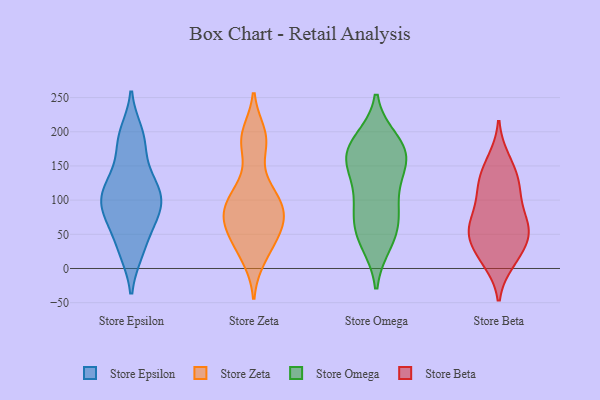
{"axis": {"x": "Customer Acquisition Cost (USD)", "y": "Value"}, "legend": ["Store Beta", "Store Epsilon", "Store Omega", "Store Zeta"], "data": [{"x": "", "y": 24, "type": "Store Epsilon"}, {"x": "", "y": 60, "type": "Store Epsilon"}, {"x": "", "y": 24, "type": "Store Epsilon"}, {"x": "", "y": 190, "type": "Store Epsilon"}, {"x": "", "y": 105, "type": "Store Epsilon"}, {"x": "", "y": 97, "type": "Store Epsilon"}, {"x": "", "y": 117, "type": "Store Epsilon"}, {"x": "", "y": 139, "type": "Store Epsilon"}, {"x": "", "y": 105, "type": "Store Epsilon"}, {"x": "", "y": 85, "type": "Store Epsilon"}, {"x": "", "y": 181, "type": "Store Epsilon"}, {"x": "", "y": 198, "type": "Store Epsilon"}, {"x": "", "y": 87, "type": "Store Epsilon"}, {"x": "", "y": 65, "type": "Store Epsilon"}, {"x": "", "y": 129, "type": "Store Epsilon"}, {"x": "", "y": 50, "type": "Store Zeta"}, {"x": "", "y": 186, "type": "Store Zeta"}, {"x": "", "y": 121, "type": "Store Zeta"}, {"x": "", "y": 197, "type": "Store Zeta"}, {"x": "", "y": 79, "type": "Store Zeta"}, {"x": "", "y": 98, "type": "Store Zeta"}, {"x": "", "y": 64, "type": "Store Zeta"}, {"x": "", "y": 87, "type": "Store Zeta"}, {"x": "", "y": 15, "type": "Store Zeta"}, {"x": "", "y": 184, "type": "Store Zeta"}, {"x": "", "y": 109, "type": "Store Zeta"}, {"x": "", "y": 57, "type": "Store Zeta"}, {"x": "", "y": 29, "type": "Store Zeta"}, {"x": "", "y": 80, "type": "Store Zeta"}, {"x": "", "y": 97, "type": "Store Omega"}, {"x": "", "y": 140, "type": "Store Omega"}, {"x": "", "y": 168, "type": "Store Omega"}, {"x": "", "y": 150, "type": "Store Omega"}, {"x": "", "y": 39, "type": "Store Omega"}, {"x": "", "y": 57, "type": "Store Omega"}, {"x": "", "y": 172, "type": "Store Omega"}, {"x": "", "y": 46, "type": "Store Omega"}, {"x": "", "y": 176, "type": "Store Omega"}, {"x": "", "y": 164, "type": "Store Omega"}, {"x": "", "y": 186, "type": "Store Omega"}, {"x": "", "y": 99, "type": "Store Omega"}, {"x": "", "y": 75, "type": "Store Omega"}, {"x": "", "y": 71, "type": "Store Beta"}, {"x": "", "y": 62, "type": "Store Beta"}, {"x": "", "y": 159, "type": "Store Beta"}, {"x": "", "y": 120, "type": "Store Beta"}, {"x": "", "y": 54, "type": "Store Beta"}, {"x": "", "y": 22, "type": "Store Beta"}, {"x": "", "y": 10, "type": "Store Beta"}, {"x": "", "y": 57, "type": "Store Beta"}, {"x": "", "y": 87, "type": "Store Beta"}, {"x": "", "y": 50, "type": "Store Beta"}, {"x": "", "y": 108, "type": "Store Beta"}, {"x": "", "y": 12, "type": "Store Beta"}, {"x": "", "y": 56, "type": "Store Beta"}, {"x": "", "y": 128, "type": "Store Beta"}, {"x": "", "y": 151, "type": "Store Beta"}, {"x": "", "y": 121, "type": "Store Beta"}, {"x": "", "y": 34, "type": "Store Beta"}]}